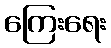
ကြေးရေး